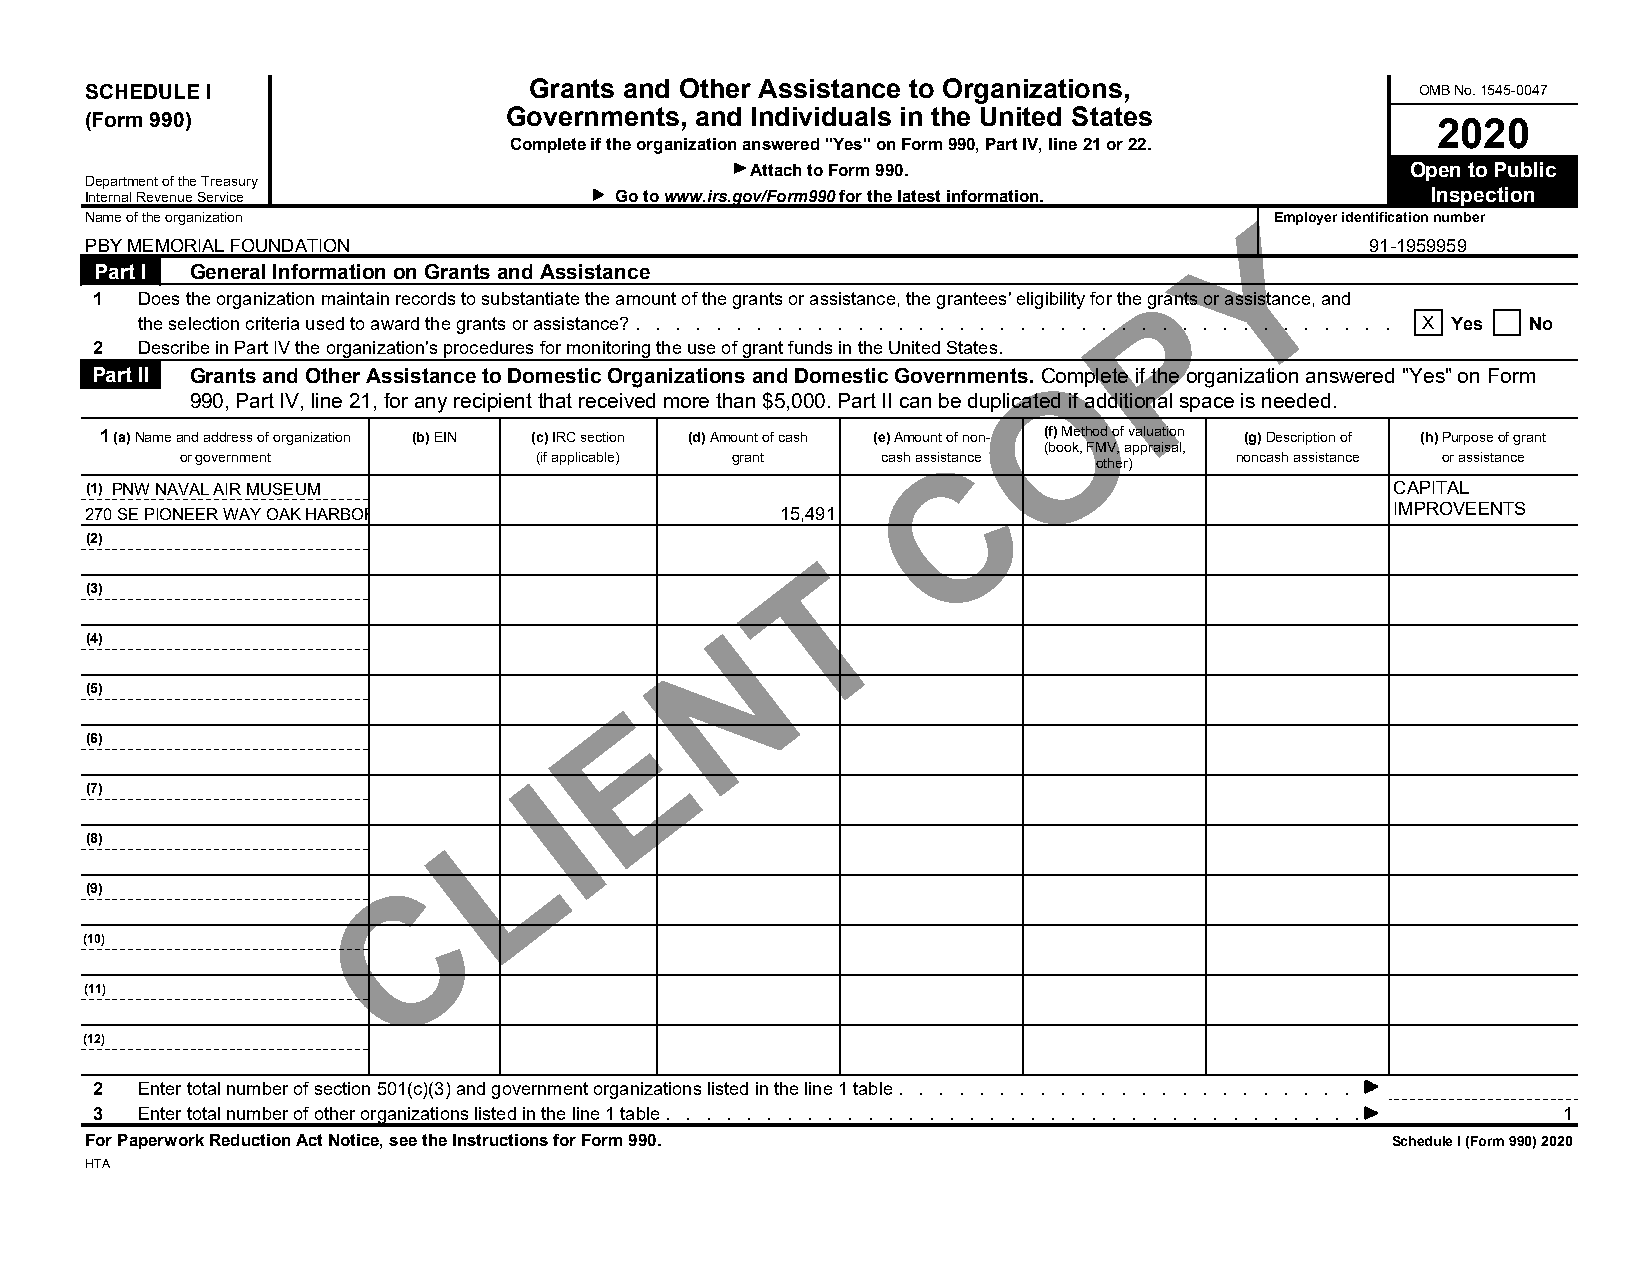
Grants and Other Assistance to Organizations,
 SCHEDULE I                                                                              OMB No. 1545-0047
 Governments, and Individuals in the United States
 (Form 990)                                                                               2020
 Complete if the organization answered "Yes" on Form 990, Part IV, line 21 or 22.
 Attach to Form 990.                        Open to Public
 Department of the Treasury
 Internal Revenue Service           Go to www.irs.gov/Form990 for the latest information. Y Inspection
 Name of the organization                                                      Employer identification number
 PBY MEMORIAL FOUNDATION                                                              91-1959959
 Part I General Information on Grants and Assistance
 P
 1  Does the organization maintain records to substantiate the amount of the grants or assistance, the grantees' eligibility for the grants or assistance, and
 the selection criteria used to award the grants or assistance? . . . . . . . . . . . . . . . . . . . . . . . . . . . . . . . . . . . . . . . X. . Y e. s . . .N o.
 2  Describe in Part IV the organization's procedures for monitoring the use of grant funds in the United States. O
 Part II Grants and Other Assistance to Domestic Organizations and Domestic Governments. Complete if the organization answered "Yes" on Form
 990, Part IV, line 21, for any recipient that received more than $5,000. Part II can be duplicated if additional space is needed.
 1 (a) Name and address of organization (b) EIN (c) IRC section (d) Amount of cash (e) AmountC of non- (f) Method of valuation (g) Description of (h) Purpose of grant
 (book, FMV, appraisal,
 or government          (if applicable) grant  cash assistance         noncash assistance or assistance
 other)
 (1) PNW NAVAL AIR MUSEUM                                                              CAPITAL
 270 SE PIONEER WAY OAK HARBOR, WA 98277       15,491                                  IMPROVEENTS
 (2)                                            T
 (3)
 N
 (4)
 (5)                                E
 (6)
 I
 (7)                       L
 (8)
 C
 (9)
 (10)
 (11)
 (12)
 2  Enter total number of section 501(c)(3) and government organizations listed in the line 1 table . . . . . . . . . . . . . . . . . . . . . . . . . . . . . . . . . . . . . . . . . . . .
 3  Enter total number of other organizations listed in the line 1 table . . . . . . . . . . . . . . . . . . . . . . . . . . . . . . . . . . . . . . . . . . . . . 1 . . . . . .
 For Paperwork Reduction Act Notice, see the Instructions for Form 990.                Schedule I (Form 990) 2020
 HTA